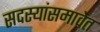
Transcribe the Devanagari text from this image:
सदस्यांसमावेत